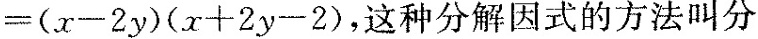
= ( x - 2 y ) ( x + 2 y - 2 )$$，这种分解因式的方法叫分